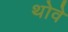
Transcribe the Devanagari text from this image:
थोवे